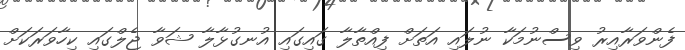
ފެންވަރާއިރު ވިސްނުމަކާ ނުލައި އަތަށް ފިއްތާލާ ގައިގައި އުނގުޅާލާ ޝަވާ ޖެލްގައި ކިހާވަރަކަށް